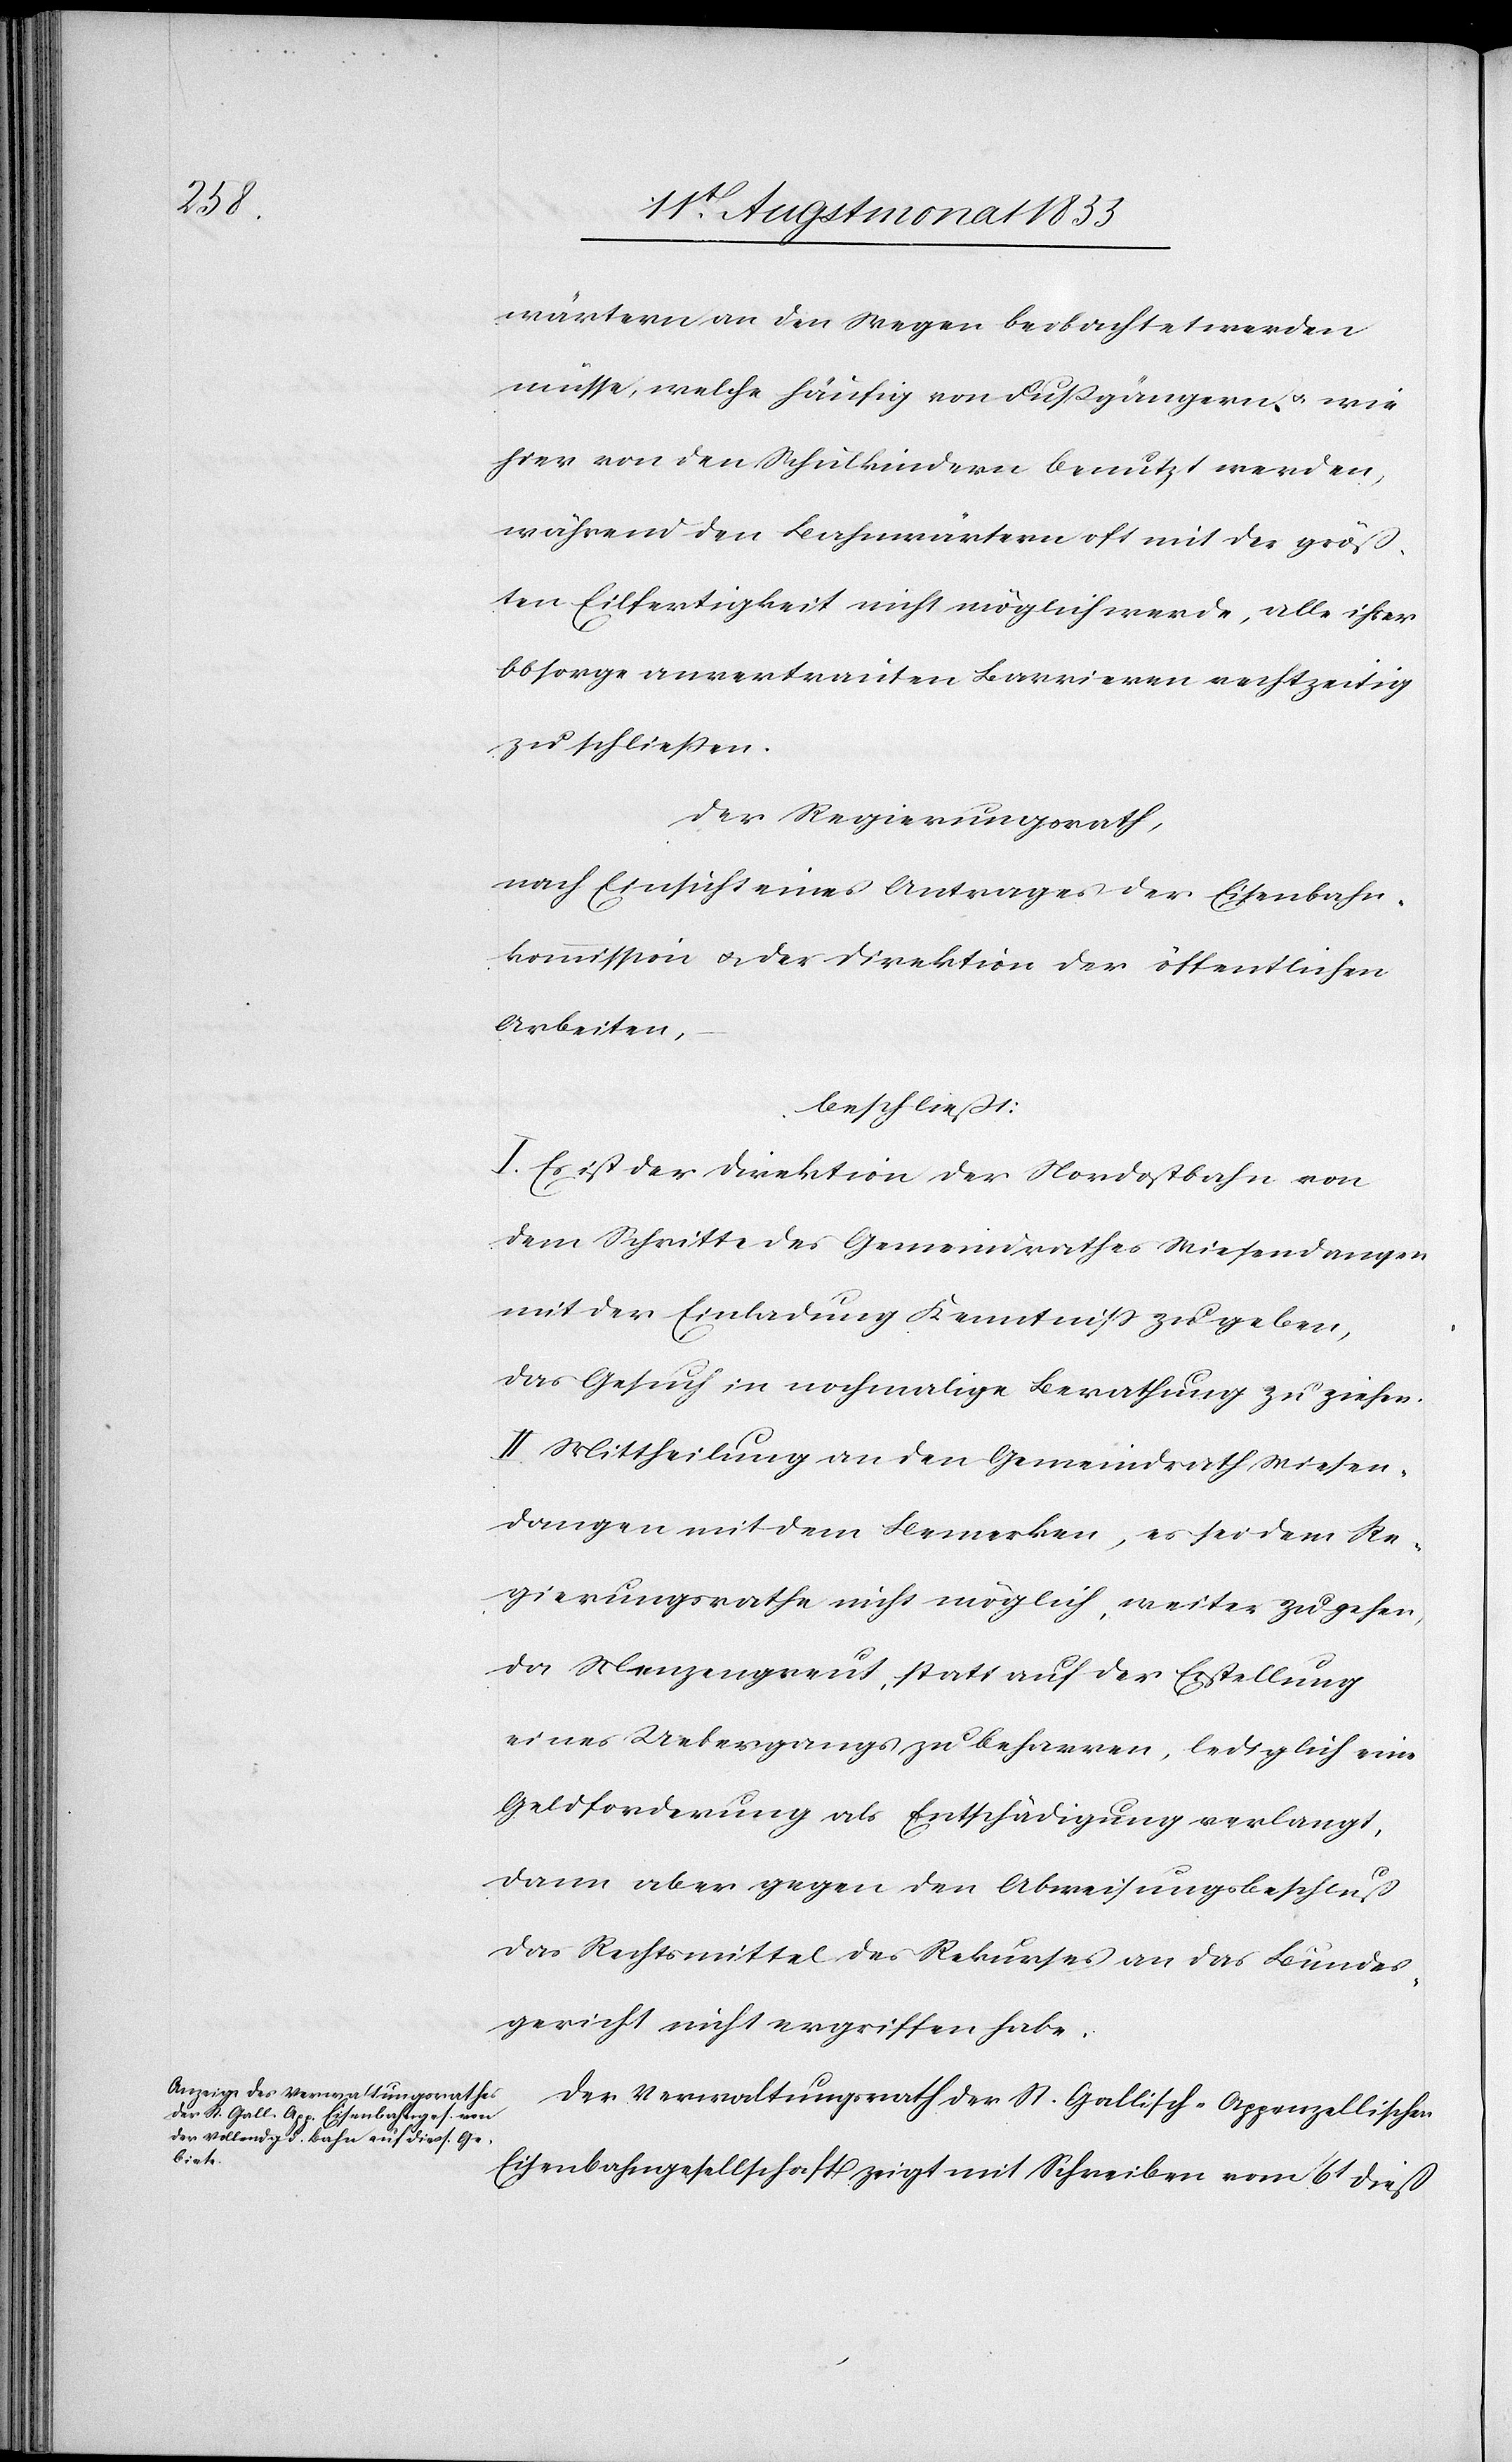
wärtern an den Wegen beobachtet werden
müsse, welche häufig von Fußgängern & wie
hier von den Schulkindern benutzt werden,
während den Bahnwärtern oft mit der größ¬
ten Eilfertigkeit nicht möglich werde, alle ihrer
Obsorge anvertrauten Barrieren rechtzeitig
zu schliessen.
Der Regierungsrath,
nach Einsicht eines Antrages der Eisenbahn¬
kommission & der Direktion der öffentlichen
Arbeiten,
beschließt:
I. Es ist der Direktion der Nordostbahn von
dem Schritte des Gemeindrathes Wiesendangen
mit der Einladung Kenntniss zu geben,
das Gesuch in nochmalige Berathung zu ziehen.
II. Mittheilung an den Gemeindrath Wiesen¬
dangen mit dem Bemerken, es sei dem Re¬
gierungsrathe nicht möglich, weiter zu gehen,
da Menzengreut, statt auf der Erstellung
eines Ueberganges zu beharren, lediglich eine
Geldforderung als Entschädigung verlangt,
dann aber gegen den Abweisungsbeschluß
das Rechtsmittel des Rekurses an das Bundes¬
gericht nicht ergriffen habe.
Der Verwaltungsrath der St. Gallisch-Appenzellischen
Eisenbahngesellschaft zeigt mit Schreiben vom 6t dieß